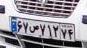
۶۷س۷۱۲۷۴